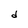
Character: d